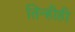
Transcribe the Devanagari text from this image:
तिन्हीही